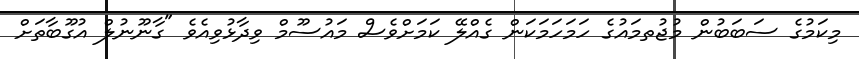
މިކަމުގެ ސަބަބުން މުޖުތމައުގެ ހަމަހަމަކަން ގެއްލޭ ކަމަށްވެސް މައުސޫމް ވިދާޅުވިއެވެ "ގާނޫނުލް އުގޫބާތަށް